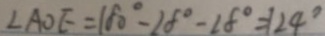
\angle A O E = 1 8 0 ^ { \circ } - 2 8 ^ { \circ } - 2 8 ^ { \circ } = 1 2 4 ^ { \circ }